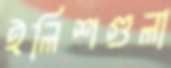
ইলিশগুলা